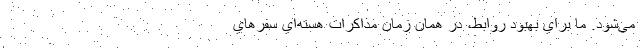
مي‌شود. ما براي بهبود روابط، در همان زمان مذاكرات هسته‌اي سفرهاي